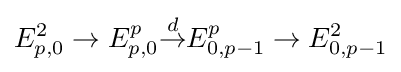
E_{p,0}^{2}\to E_{p,0}^{p}{\overset {d}{\to }}E_{0,p-1}^{p}\to E_{0,p-1}^{2}